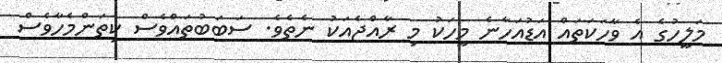
މަލީހުގެ އެ ވާހަކަތައް އަޑުއަހާނެ މީހަކު މި ރާއްޖެއަކު ނެތެވެ. ސަބަބުތައްވެސް ކިތަންމެހާވެސް